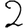
Digit: 2